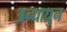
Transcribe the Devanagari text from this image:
अन्धाधुन